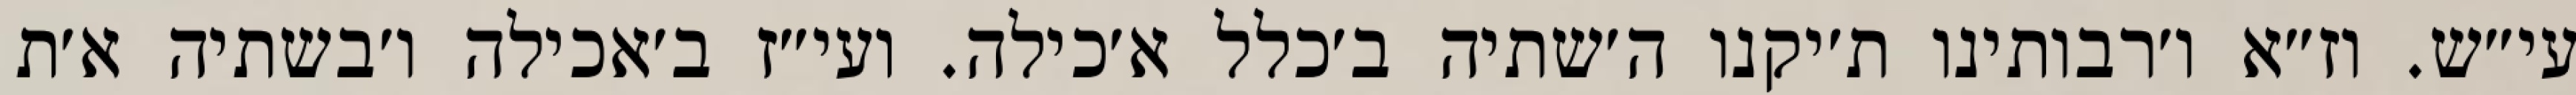
עי״ש. וז״א ו׳רבותינו ת׳יקנו ה׳שתיה ב׳כלל א׳כילה. ועי״ז ב׳אכילה ו׳בשתיה א׳ת